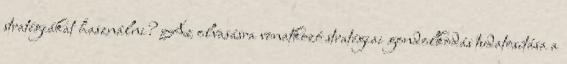
stratégiákat használni? Az olvasásra vonatkozó stratégiai gondolkodás tudatosítása a